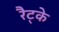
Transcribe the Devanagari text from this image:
रैट्के